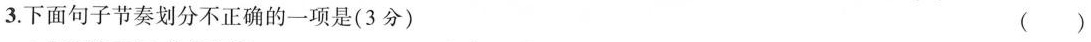
3.下面句子节奏划分不正确的一项是(3分) ( )